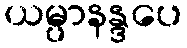
ယမ္ပာနန္ဒပေ